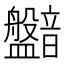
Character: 𥃛